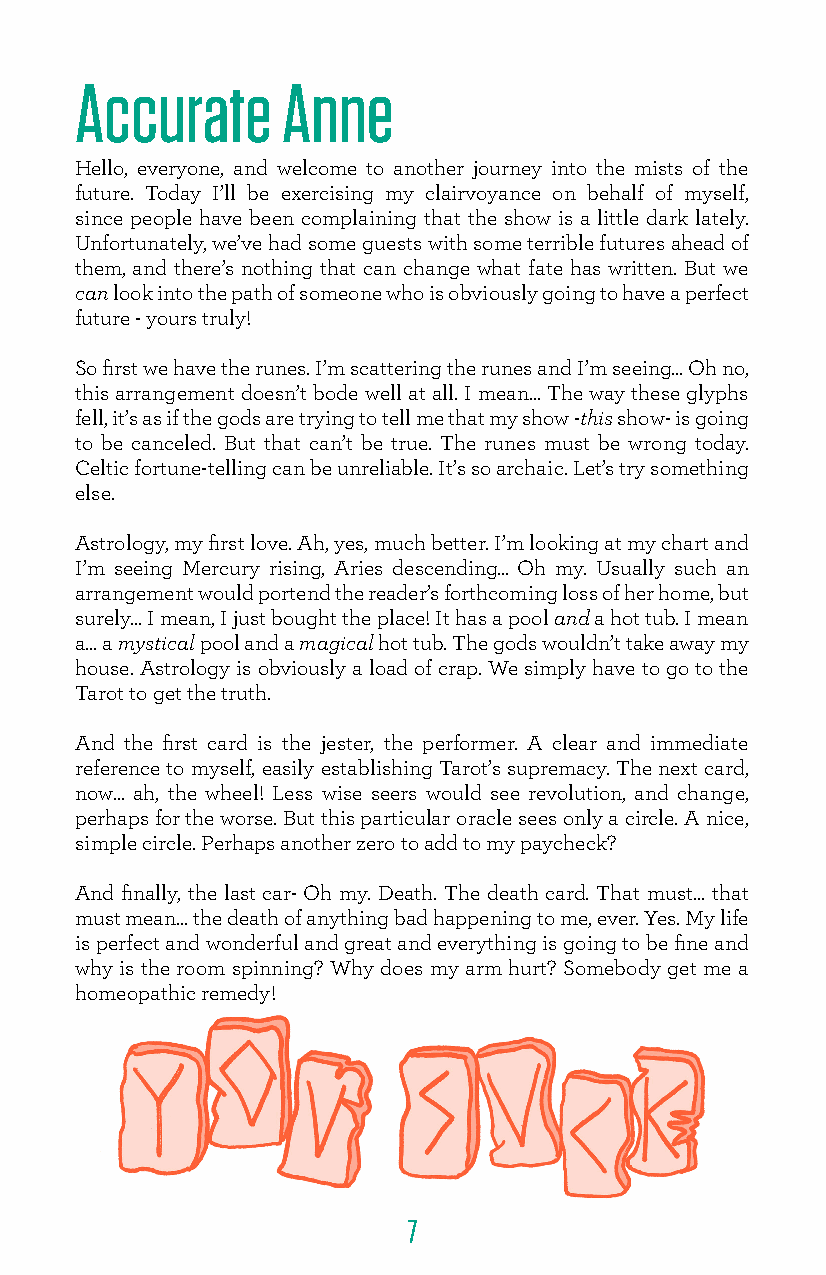
Accurate      Anne
 Hello, everyone, and welcome to another journey into the mists of the
 future. Today I’ll be exercising my clairvoyance on behalf of myself,
 since people have been complaining that the show is a little dark lately.
 Unfortunately, we’ve had some guests with some terrible futures ahead of
 them, and there’s nothing that can change what fate has written. But we
 can look into the path of someone who is obviously going to have a perfect
 future - yours truly!
 So first we have the runes. I’m scattering the runes and I’m seeing... Oh no,
 this arrangement doesn’t bode well at all. I mean... The way these glyphs
 fell, it’s as if the gods are trying to tell me that my show -this show- is going
 to be canceled. But that can’t be true. The runes must be wrong today.
 Celtic fortune-telling can be unreliable. It’s so archaic. Let’s try something
 else.
 Astrology, my first love. Ah, yes, much better. I’m looking at my chart and
 I’m seeing Mercury rising, Aries descending... Oh my. Usually such an
 arrangement would portend the reader’s forthcoming loss of her home, but
 surely... I mean, I just bought the place! It has a pool and a hot tub. I mean
 a... a mystical pool and a magical hot tub. The gods wouldn’t take away my
 house. Astrology is obviously a load of crap. We simply have to go to the
 Tarot to get the truth.
 And the first card is the jester, the performer. A clear and immediate
 reference to myself, easily establishing Tarot’s supremacy. The next card,
 now... ah, the wheel! Less wise seers would see revolution, and change,
 perhaps for the worse. But this particular oracle sees only a circle. A nice,
 simple circle. Perhaps another zero to add to my paycheck?
 And finally, the last car- Oh my. Death. The death card. That must... that
 must mean... the death of anything bad happening to me, ever. Yes. My life
 is perfect and wonderful and great and everything is going to be fine and
 why is the room spinning? Why does my arm hurt? Somebody get me a
 homeopathic remedy!
 7